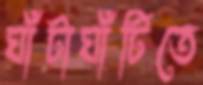
ঘাঁটাঘাঁটিতে